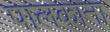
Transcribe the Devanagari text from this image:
पालकाना